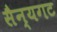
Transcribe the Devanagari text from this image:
सैन्यगट